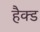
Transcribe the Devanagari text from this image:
हैक्ड